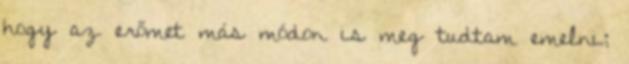
hogy az erőmet más módon is meg tudtam emelni;